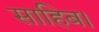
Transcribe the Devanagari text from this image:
साहिब।